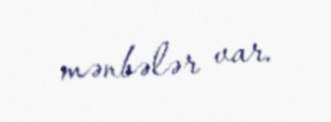
mənbələr var.